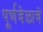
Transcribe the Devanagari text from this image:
पूर्णवेळाचे